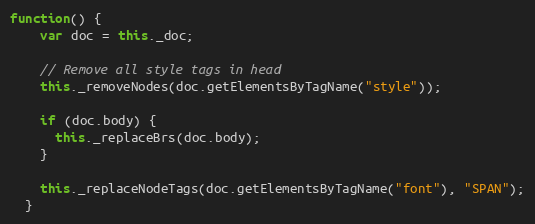
Language: JavaScript
function() {
    var doc = this._doc;

    // Remove all style tags in head
    this._removeNodes(doc.getElementsByTagName("style"));

    if (doc.body) {
      this._replaceBrs(doc.body);
    }

    this._replaceNodeTags(doc.getElementsByTagName("font"), "SPAN");
  }